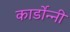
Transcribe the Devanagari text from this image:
कार्डोन्‍नी